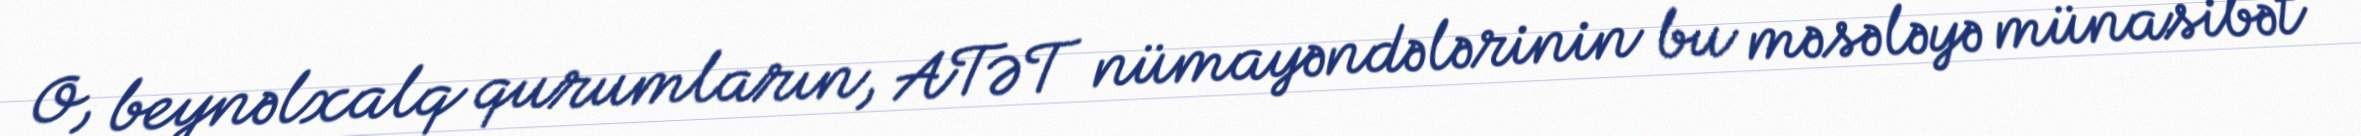
O, beynəlxalq qurumların, ATƏT nümayəndələrinin bu məsələyə münasibət